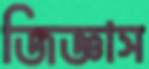
জিজ্ঞাস